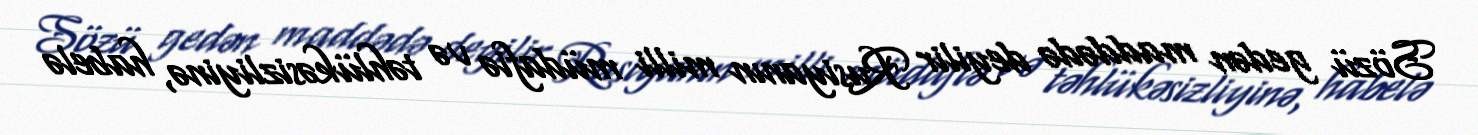
Sözü gedən maddədə deyilir Rusiyanın milli müdafiə və təhlükəsizliyinə, habelə